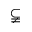
\subsetneqq